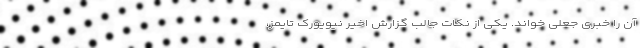
آن را خبری جعلی خواند. یکی از نکات جالب گزارش اخیر نیویورک تایمز،